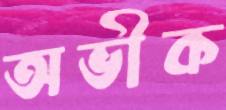
অভীক